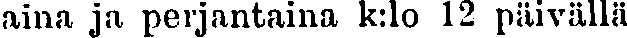
aina ja perjantaina k:lo 12 päivällä.